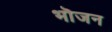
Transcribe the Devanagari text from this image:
भॊजन